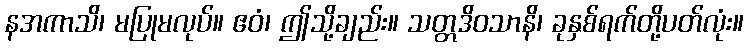
နအကာသိ၊ မပြုမလုပ်။ ဧဝံ၊ ဤသို့ချည်း။ သတ္တဒိဝသာနိ၊ ခုနှစ်ရက်တို့ပတ်လုံး။